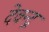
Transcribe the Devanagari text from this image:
देवन्द्र